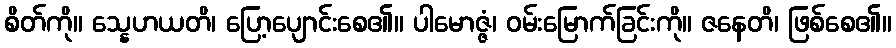
စိတ်ကို။ သ္နေဟယတိ၊ ပြော့ပျောင်းစေ၏။ ပါမောဇ္ဇံ၊ ဝမ်းမြောက်ခြင်းကို။ ဇနေတိ၊ ဖြစ်စေ၏။